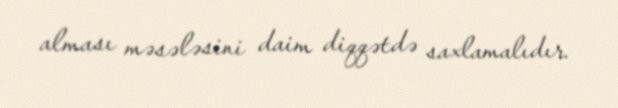
alması məsələsini daim diqqətdə saxlamalıdır.